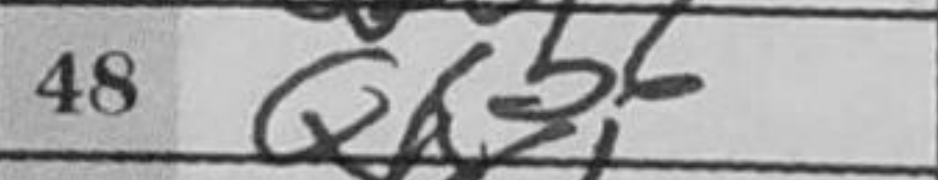
Transcription: Qxb6